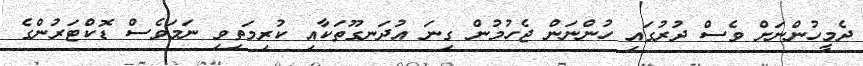
ދެމީހުންނަށް ވެސް ދުރުގައި ހުންނަން ޖެހުމުން ގިނަ އުދަނގޫތަކާއި ކުރިމަތިވި ނަމަވެސް ޑޮކްޓަރުންގެ